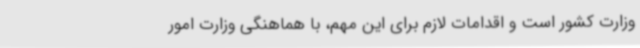
وزارت کشور است و اقدامات لازم برای این مهم، با هماهنگی وزارت امور